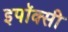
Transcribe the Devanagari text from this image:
इपॉक्सी